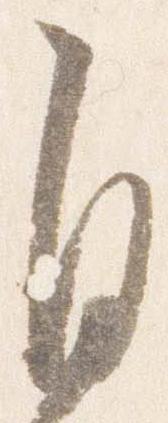
自